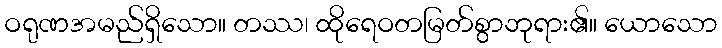
ဝရုဏအမည်ရှိသော။ တဿ၊ ထိုရေဝတမြတ်စွာဘုရား၏။ ယောသော